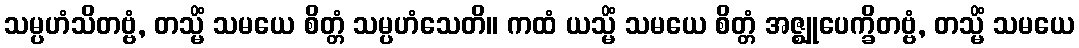
သမ္ပဟံသိတဗ္ဗံ, တသ္မိံ သမယေ စိတ္တံ သမ္ပဟံသေတိ။ ကထံ ယသ္မိံ သမယေ စိတ္တံ အဇ္ဈုပေက္ခိတဗ္ဗံ, တသ္မိံ သမယေ